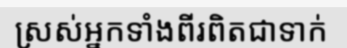
ស្រស់អ្នកទាំងពីរពិតជាទាក់